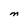
Character: M